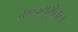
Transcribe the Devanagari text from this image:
कन्ज्यूमेबल